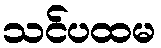
သင်ပထမ